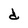
Character: d